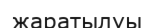
жаратылуы